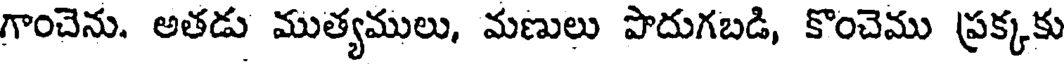
గాంచెను. అతడు ముత్యములు, మణులు పొదుగబడి, కొంచెము ప్రక్కకు